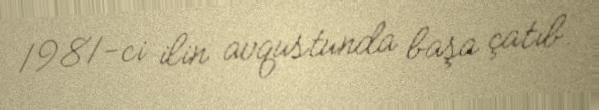
1981-ci ilin avqustunda başa çatıb.